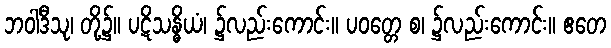
ဘဝါဒီသု၊ တို့၌။ ပဋိသန္ဓိယံ၊ ၌လည်းကောင်း။ ပဝတ္တေ စ၊ ၌လည်းကောင်း။ ဧတေ